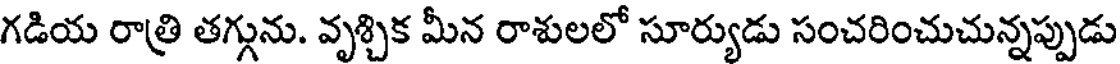
గడియ రాత్రి తగ్గును. వృశ్చిక మీన రాశులలో సూర్యుడు సంచరించుచున్నప్పుడు